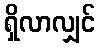
ရှိလာလျှင်